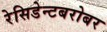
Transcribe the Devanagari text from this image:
रेसिडेन्टबरोबर